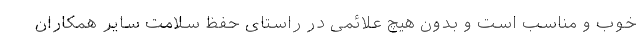
خوب و مناسب است و بدون هیچ علائمی در راستای حفظ سلامت سایر همکاران